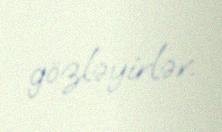
gözləyirlər.